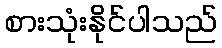
စားသုံးနိုင်ပါသည်